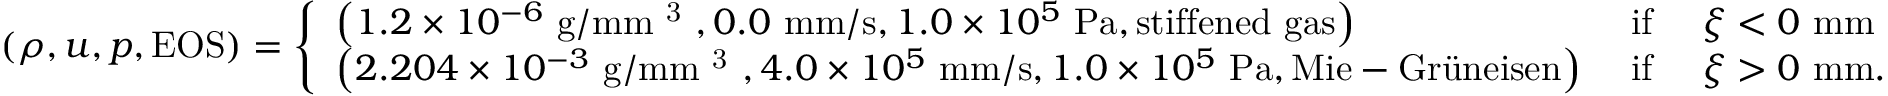
( \rho , u , p , \mathrm { E O S } ) = \left\{ \begin{array} { l l } { \left( 1 . 2 \times 1 0 ^ { - 6 } ~ \mathrm { g / m m ~ ^ 3 ~ } , 0 . 0 ~ \mathrm { m m / s } , 1 . 0 \times 1 0 ^ { 5 } ~ \mathrm { P a } , \mathrm { s t i f f e n e d ~ g a s } \right) } & { \mathrm { ~ i f ~ } \quad \xi < 0 ~ \mathrm { m m } } \\ { \left( 2 . 2 0 4 \times 1 0 ^ { - 3 } ~ \mathrm { g / m m ~ ^ 3 ~ } , 4 . 0 \times 1 0 ^ { 5 } ~ \mathrm { m m / s } , 1 . 0 \times 1 0 ^ { 5 } ~ \mathrm { P a } , \mathrm { M i e - G r \" { u } n e i s e n } \right) } & { \mathrm { ~ i f ~ } \quad \xi > 0 ~ \mathrm { m m } . } \end{array} \right.